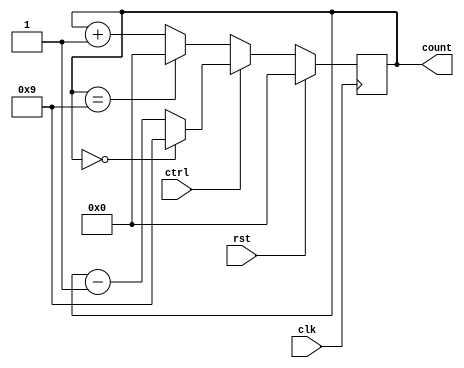
/*
 * Antonio Aguilar
 * Contador BCD 4 bits
*/

module cont9(input clk, rst, ctrl, output reg[3:0] count);
	always @(posedge clk)
	begin
		if (rst)
			count = 0;
		else if (ctrl)
			if (count == 0)
				count = 9;
			else
				count = count - 1;
		else if (count == 9)
			count = 0;
		else
			count = count + 1;
	end
endmodule